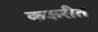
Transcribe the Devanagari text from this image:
ककरीत